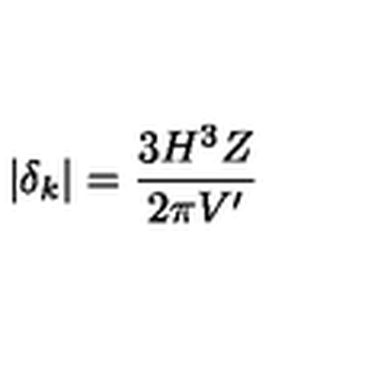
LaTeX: | \delta _ { k } | = \frac { 3 H ^ { 3 } Z } { 2 \pi V ^ { \prime } }